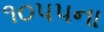
૧૦૫૫ના